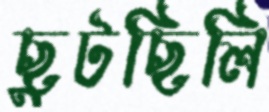
ছুটছিলি